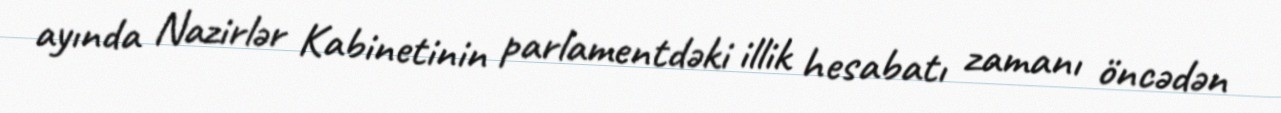
ayında Nazirlər Kabinetinin parlamentdəki illik hesabatı zamanı öncədən